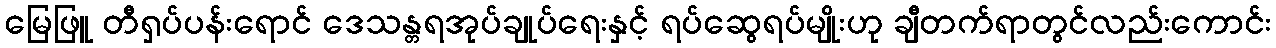
မြေဖြူ တီရှပ်ပန်းရောင် ဒေသန္တရအုပ်ချုပ်ရေးနှင့် ရပ်ဆွေရပ်မျိုးဟု ချီတက်ရာတွင်လည်းကောင်း